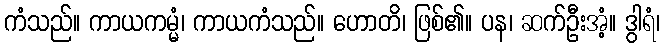
ကံသည်။ ကာယကမ္မံ၊ ကာယကံသည်။ ဟောတိ၊ ဖြစ်၏။ ပန၊ ဆက်ဦးအံ့။ ဒွါရံ၊